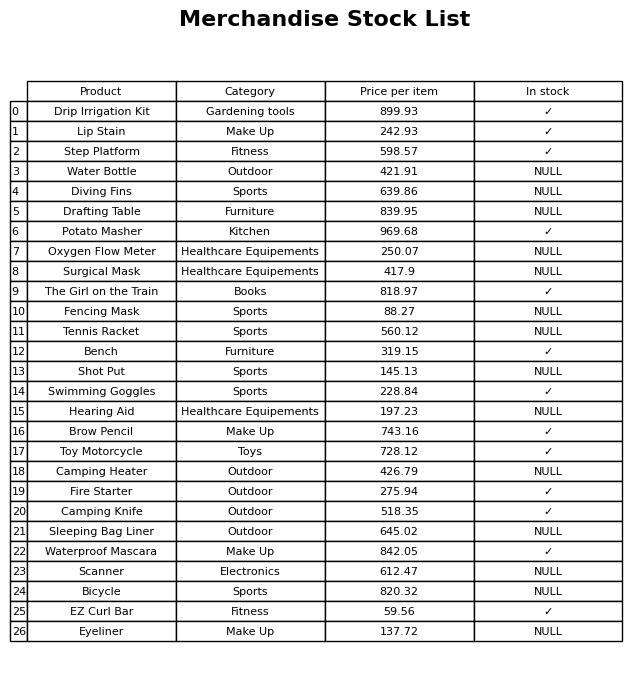
question: What is the price for Step Platform?
answer: The price of Step Platform is 598.57.